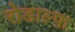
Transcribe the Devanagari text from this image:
रोडाल्फ़